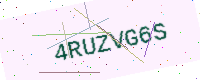
Text: 4RUZVG6S